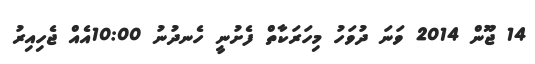
14 ޖޫން 2014 ވަނަ ދުވަހު މިހަރަކާތް ފެށުނީ ހެނދުނު 10:00އެއް ޖެހިއިރު